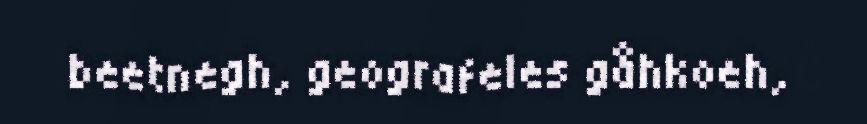
beetnegh, geografeles gåhkoeh,